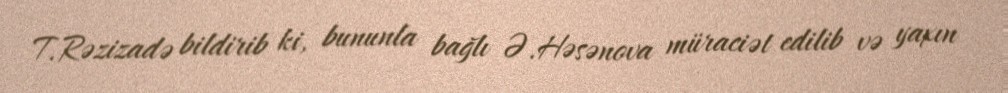
T.Rəzizadə bildirib ki, bununla bağlı Ə.Həsənova müraciət edilib və yaxın